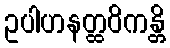
ဥပါဟနတ္ထဝိကန္တိ